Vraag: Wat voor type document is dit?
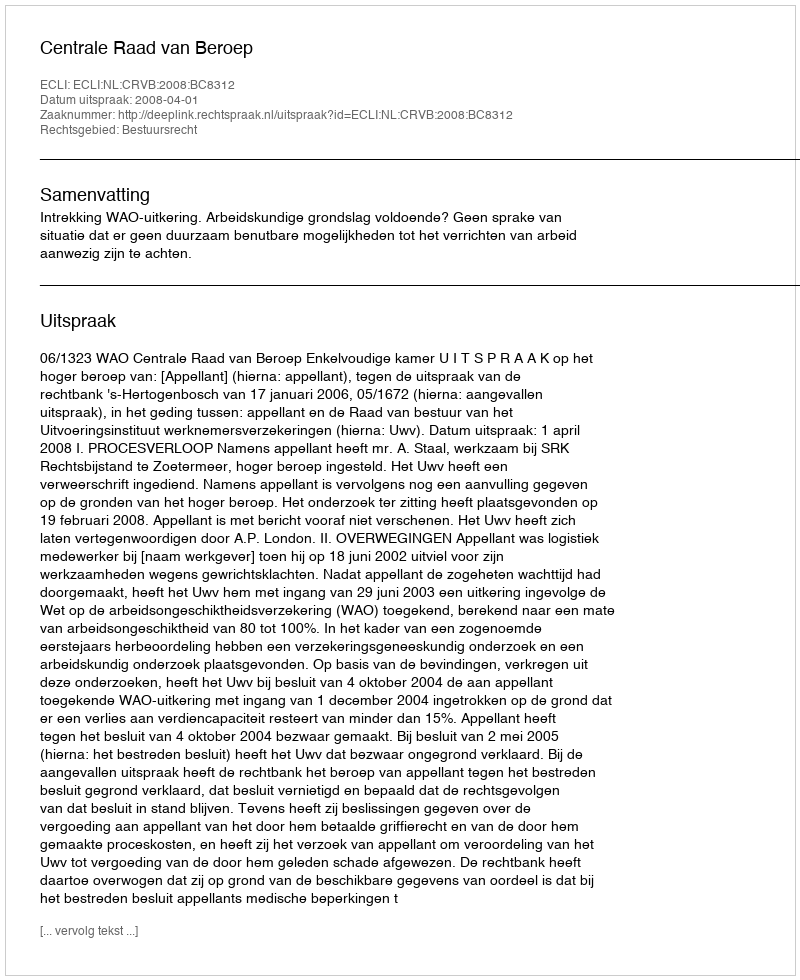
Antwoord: Uitspraak